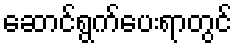
ဆောင်ရွက်ပေးရာတွင်